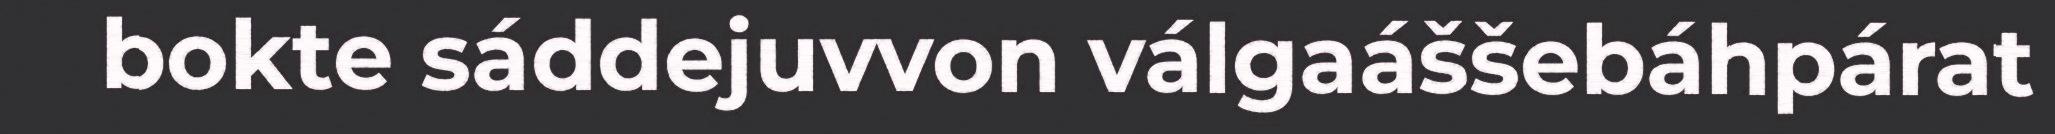
bokte sáddejuvvon válgaáššebáhpárat